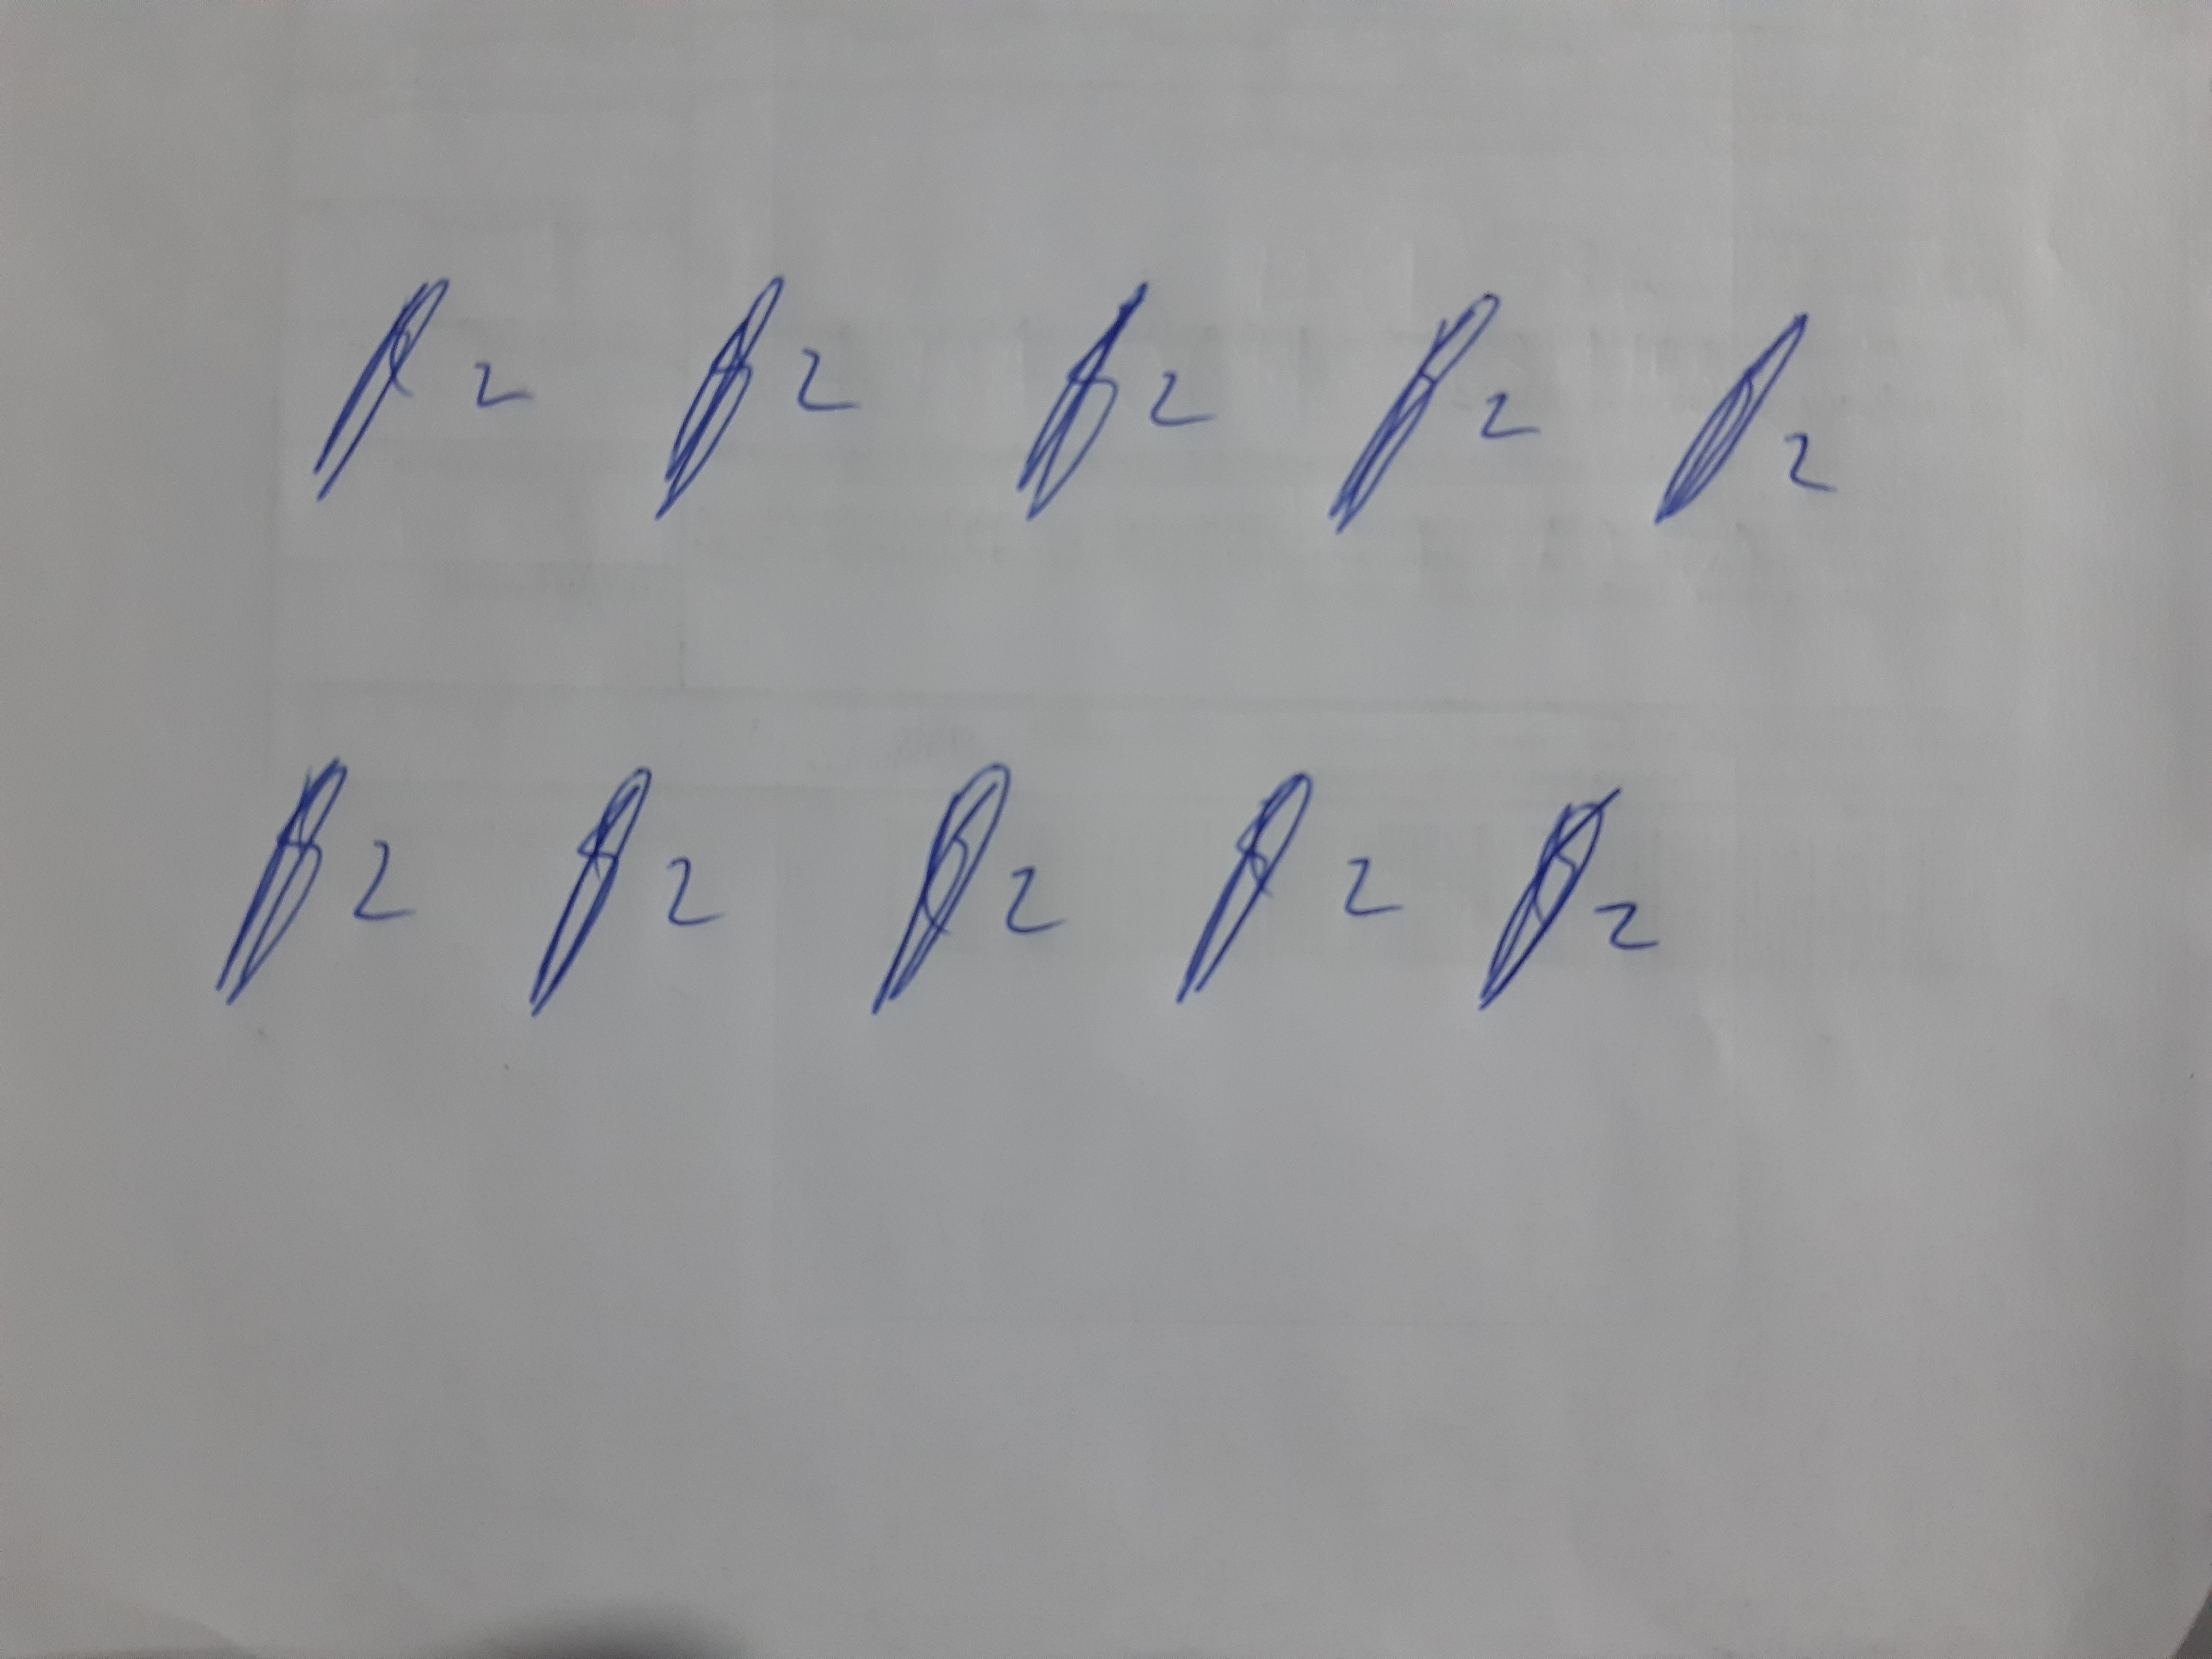
Signature authenticity: genuine